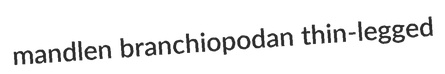
mandlen branchiopodan thin-legged